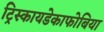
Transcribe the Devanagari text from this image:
ट्रिस्कायडेकाफोबिया